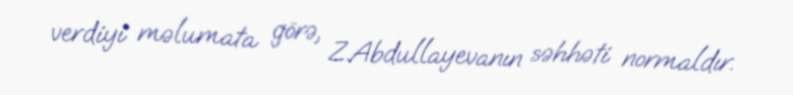
verdiyi məlumata görə, Z.Abdullayevanın səhhəti normaldır.